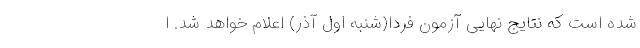
شده است که نتایج نهایی آزمون فردا(شنبه اول آذر) اعلام خواهد شد. ا